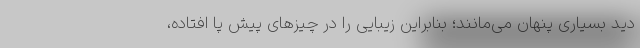
دید بسیاری پنهان می‌مانند؛ بنابراین زیبایی را در چیزهای پیش پا افتاده،